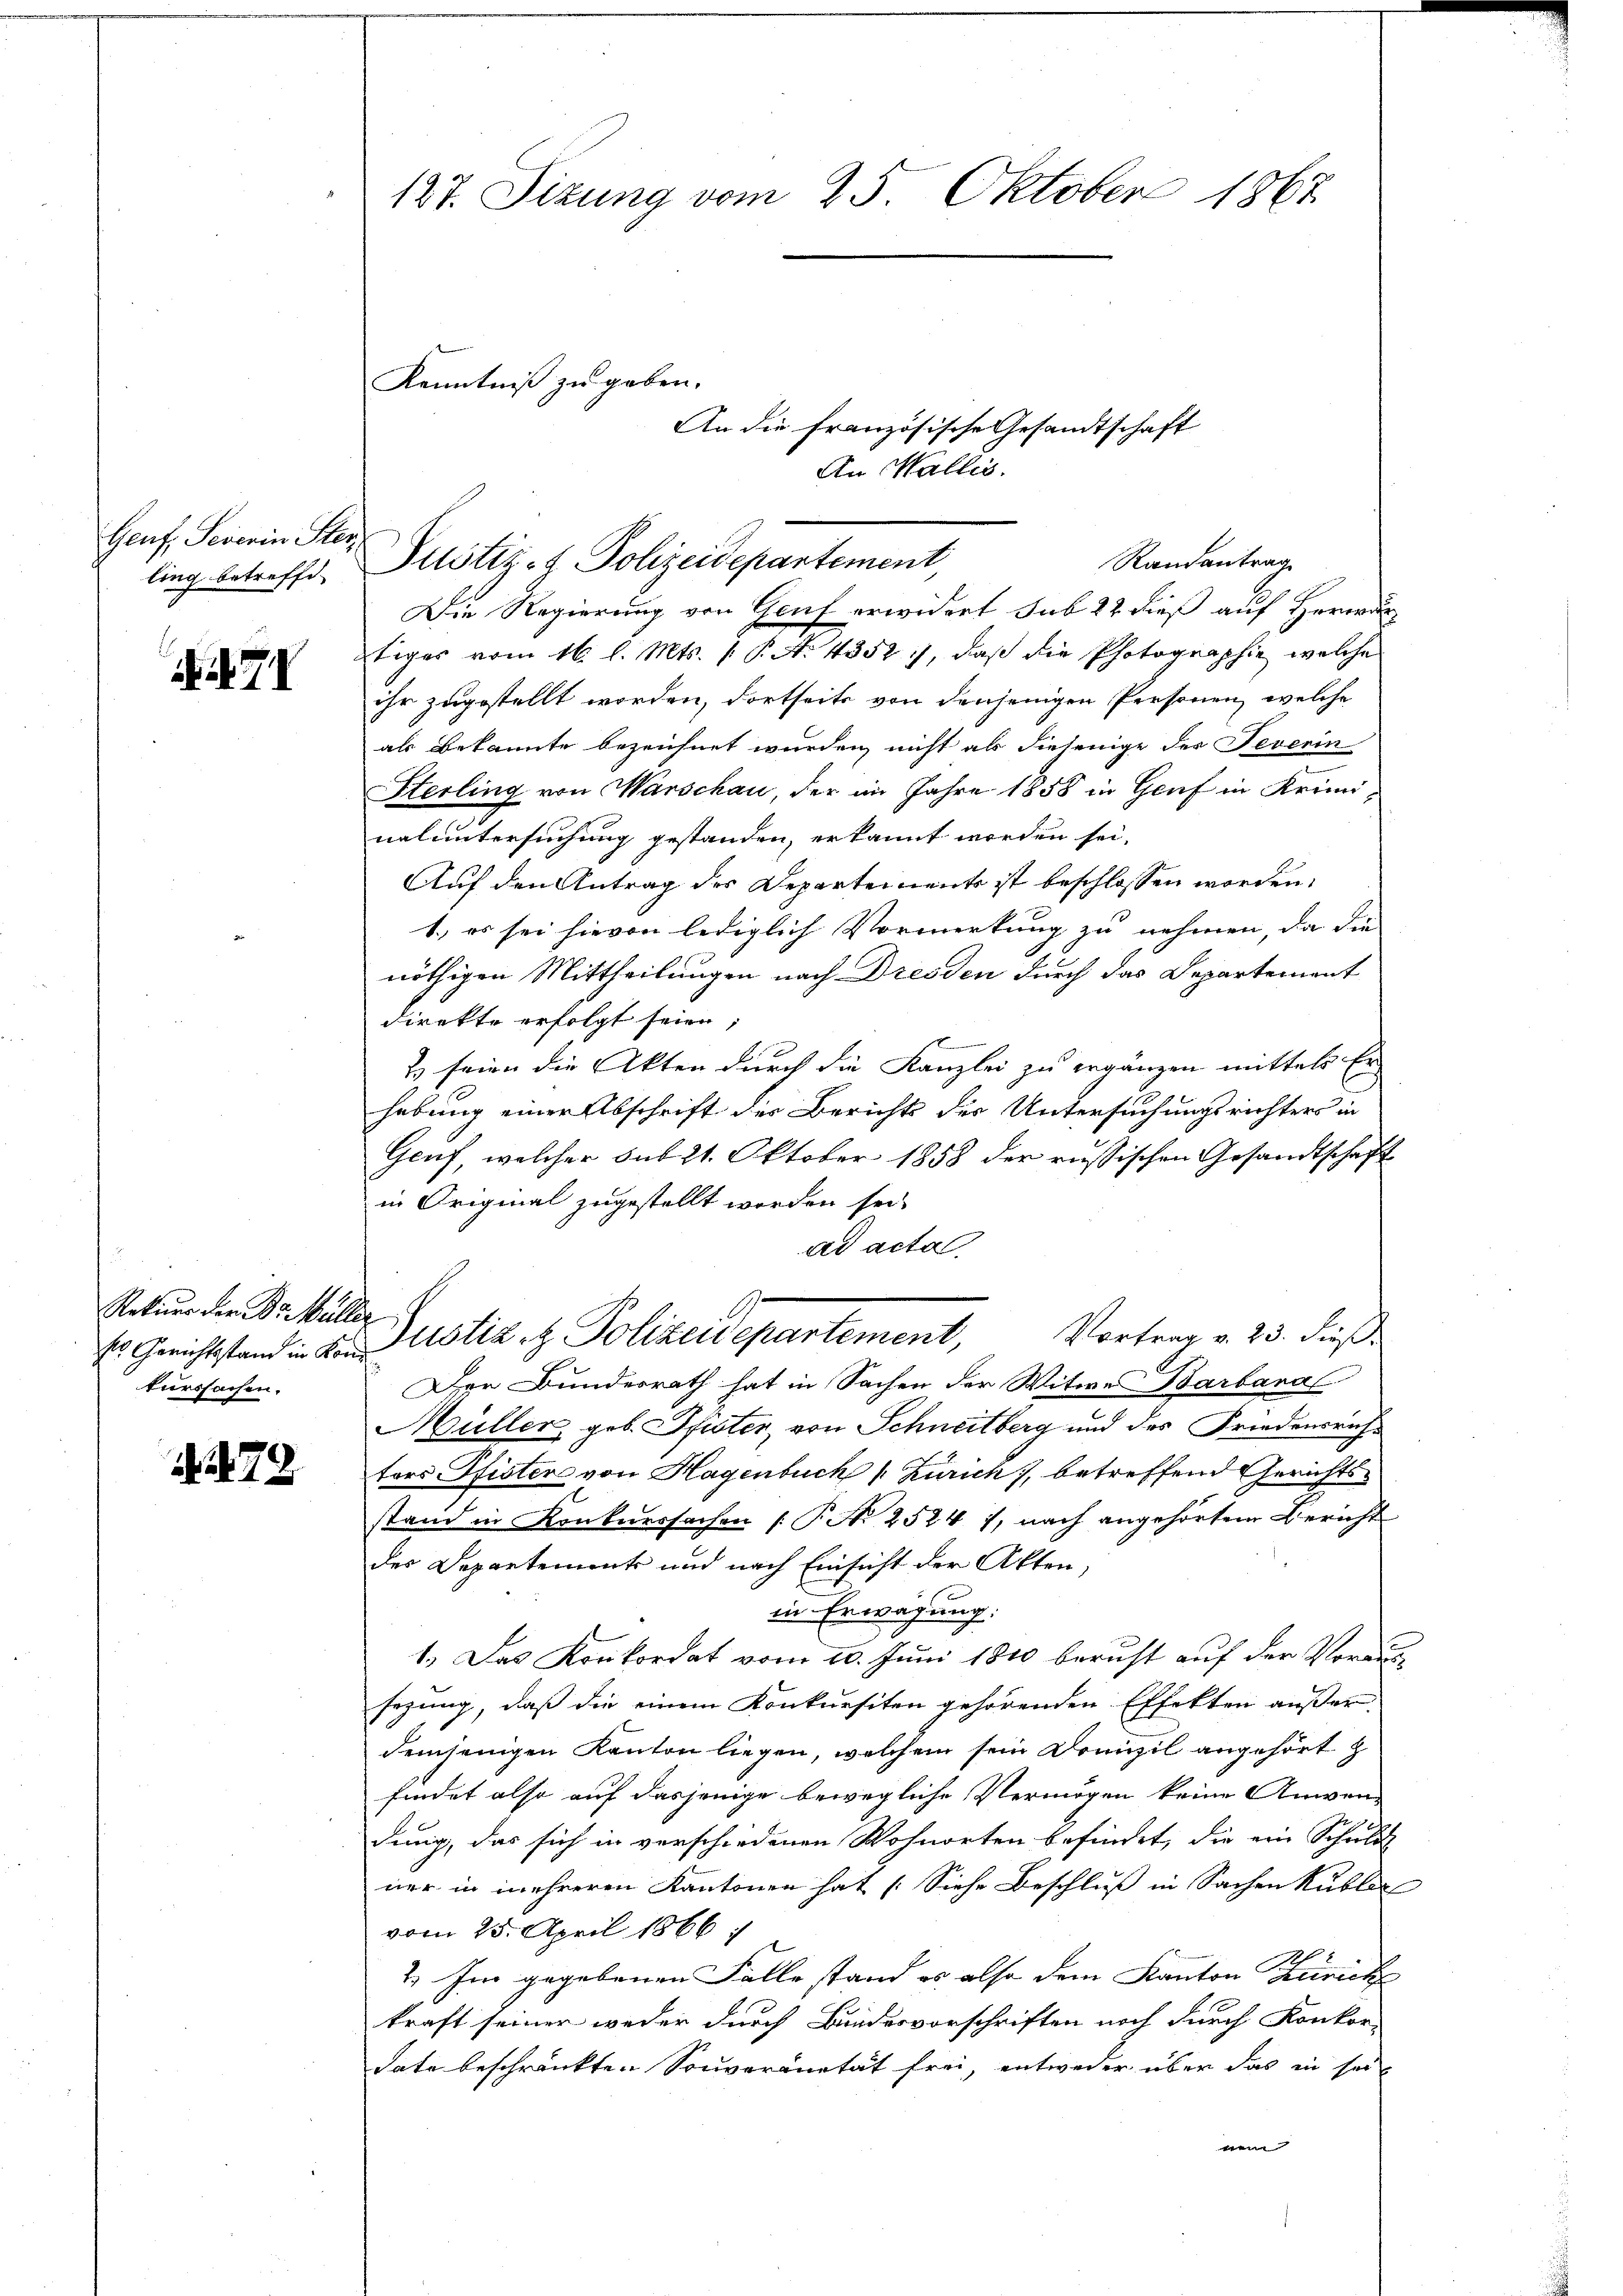
Genf, Severin Ster
ling betreffe

Rekurs der B. Müller
ses Gerichtstand in Kond
kurssachen.

72

127. Sizung vom 25. Oktober 1867

Kenntniß zu geben.

Justiz- & Polizeidepartement
Randantrag

An die französische Gesandtschaft
An Wallis.

Die Regierung von Genf erwidert sub 22 dieß auf Herwartiges vom 16. l. Mts. 1. P. N. 4352), daß die Photographie, welche
ihr zugestellt worden, dortseits von denjenigen Personen, welche
als Bekannte bezeichnet wurden, nicht als diejenige der Feverin
Sterling von Warschau, der im Jahre 1858 in Genf in Kriminaluntersuchung gestanden, erkannt worden sei,
Auf den Antrag des Departements ist beschlossen worden:
1.) es sei hievon lediglich Vormerkung zu nehmen, da die
nöthigen Mittheilungen nach Dresden durch das Departement
direkte erfolgt seien;
2 seien die Akten durch die Kanzlei zu ergänzen mittels Er
hebung einer Abschrift der Berichts der Untersuchungsrichters in
Gruf, welcher sub 21. Oktober 1858 der russischen Gesandtschaft
in Original zugestellt worden sei,
ad acta
Vortrag v. 23. dieß
Der Bundesrath hat in Sachen der Witwe Barbaral
Hüller, geb. Pfister, von Schneitberg und des Friedensrichtors Pfister von Hagenbuch Zürich), betreffend Gerichtsstand in Konkurssachen [P. Nr. 25247, nach angehörten Bericht
des Departements und nach Einsicht der Akten,
in Erwägung:
1.) Das Konkordat vom 20. Juni 1810 beruht auf der Voraussezung, daß die einem Konkursiten gehörenden Effekten außer
demjenigen Kanton liegen, welchem sein Domizil angehört z
findet also auf dasjenige bewegliche Vermögen keine Anwen-
dung, das sich in verschiedenen Wohnorten befindet, die ein Schuld
ner in mehreren Kantonen hat (Siehe Beschluß in Sachen Kublic
vom 25. April 1866
h
2. Im gegebenen Fälle stand es also dem Kanton Zürich
kraft seiner weder durch Bundesvorschriften noch durch Konkor-
date beschränkten Souveranität frei, entweder über das in sei
wen

ustl. z. Polizeidepartement,